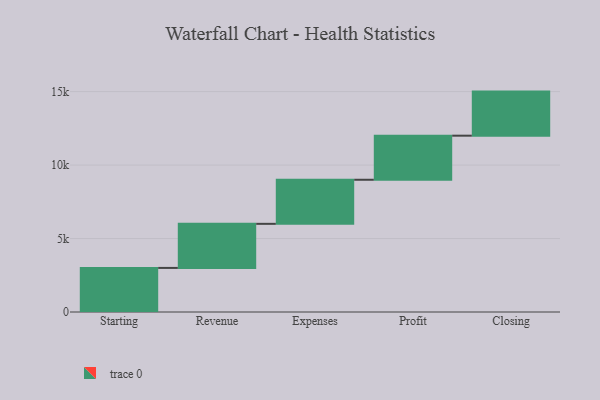
{"axis": {"x": "Step", "y": "Value"}, "legend": [""], "data": [{"x": "Starting", "y": 3000, "type": ""}, {"x": "Revenue", "y": 3000, "type": ""}, {"x": "Expenses", "y": 3000, "type": ""}, {"x": "Profit", "y": 3000, "type": ""}, {"x": "Closing", "y": 3000, "type": ""}]}